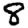
Digit: 8